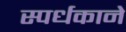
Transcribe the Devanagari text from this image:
स्पर्धकाने